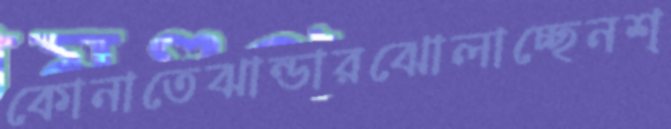
কোনাতেঝান্ডারঝোলাচ্ছেনশ্